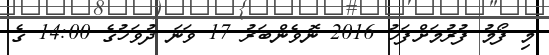
މި ފޯމު ފުރުމަށްފަހު 2016 ނޮވެންބަރު 17 ވަނަ ދުވަހުގެ 14:00 ގެ